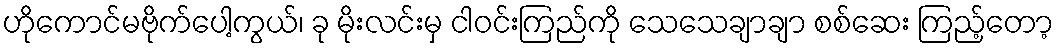
ဟိုကောင်မဗိုက်ပေါ့ကွယ်၊ ခု မိုးလင်းမှ ငါဝင်းကြည်ကို သေသေချာချာ စစ်ဆေး ကြည့်တော့